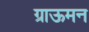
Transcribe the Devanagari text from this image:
ग्राऊमन